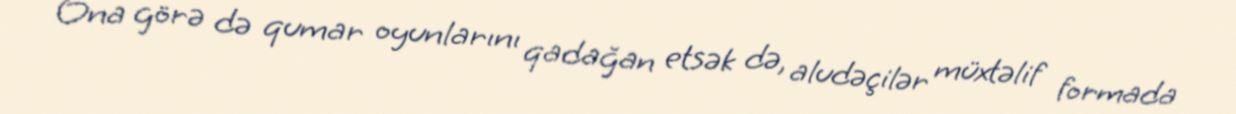
Ona görə də qumar oyunlarını qadağan etsək də, aludəçilər müxtəlif formada